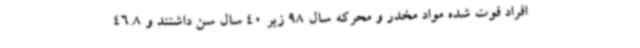
افراد فوت شده مواد مخدر و محرکه سال 98 زیر 40 سال سن داشتند و 46.8